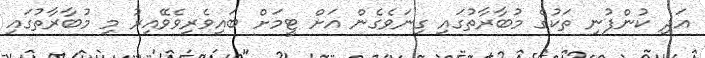
އަދި ކުންފުނި ތަކުގެ މުބާރާތުގައި ގިނަވެގެން އަށް ޓީމަށް ބައިވެރިވެވޭއިރު މި މުބާރާތުގައި